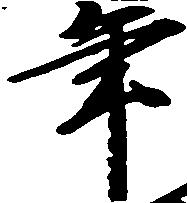
年